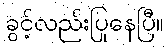
ခွင့်လည်းပြုနေပြီ။